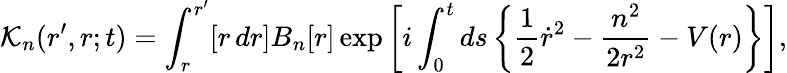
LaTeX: \mathcal{K}_{n}(r^{\prime},r;t)=\int_{r}^{r^{\prime}}[r\, dr]B_{n}[r]\exp\left[i\int_{0}^{t}ds\left\{ \frac{1}{2}\dot{{r}}^{2}-\frac{{n^{2}}}{{2r^{2}}}-V(r)\right\} \right],